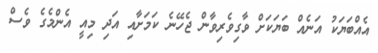
އެއްބަޔަކު އަނެއް ބަޔަކަށް ވާގިވެރިވާން ޖެހޭނެ ކަމަށާއި އަދި މިއީ އެންމެގެ ވެސް